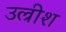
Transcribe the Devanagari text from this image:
उल्रीश